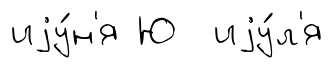
иjу́н'я Ю иjу́л'я